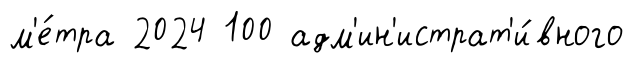
м'е́тра 2024 100 адм'ин'истрат'и́вного